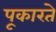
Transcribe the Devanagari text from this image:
पूकारते